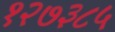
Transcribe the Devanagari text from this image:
१२७३८५